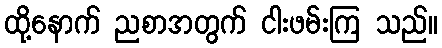
ထို့နောက် ညစာအတွက် ငါးဖမ်းကြ သည်။